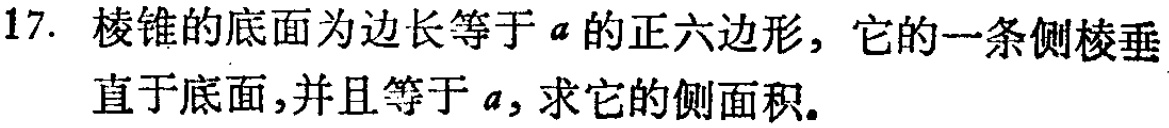
17. 棱锥的底面为边长等于\(a\)的正六边形，它的一条侧棱垂直于底面，并且等于\(a\)，求它的侧面积。